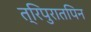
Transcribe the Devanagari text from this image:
त्रिपुरातपिन